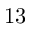
1 3